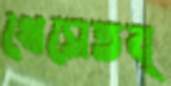
খেসেতব্